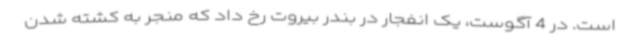
است. در 4 آگوست، یک انفجار در بندر بیروت رخ داد که منجر به کشته شدن